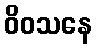
ဝိဝသနေ